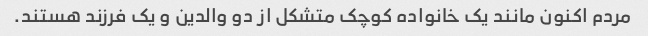
مردم اکنون مانند یک خانواده کوچک متشکل از دو والدین و یک فرزند هستند.